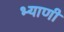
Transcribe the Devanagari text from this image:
भ्याणी